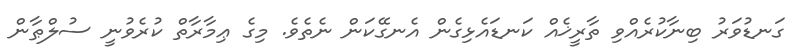
ގަނޑުވަރު ބިނާކުރެއްވި ތާރީޚެއް ކަނޑައެޅިގެން އެނގޭކަން ނެތެވެ. މިގެ ޢިމާރާތް ކުރެވުނީ ސުލްޠާން